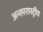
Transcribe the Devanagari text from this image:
अन्तररास्ट्रीय